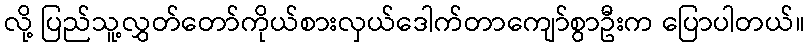
လို့ ပြည်သူ့လွှတ်တော်ကိုယ်စားလှယ်ဒေါက်တာကျော်စွာဦးက ပြောပါတယ်။